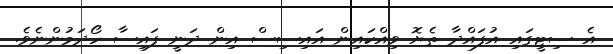
އެ ސިޓީގައި އުފައްދާ ތެޔޮ ވިއްކައިން އައިސިސް އިން ދަނީ ފައިސާ ހޯދަމުންނެވެ.